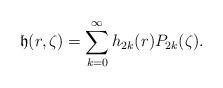
LaTeX: \begin{align*}\mathfrak{h}(r,\zeta)=\sum_{k=0}^{\infty}h_{2k}(r)P_{2k}(\zeta).\end{align*}